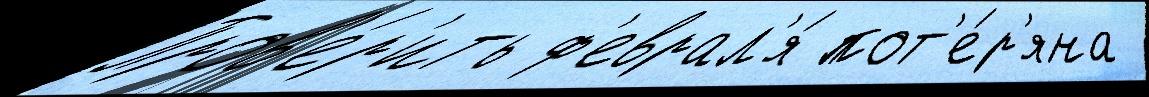
Пров'е́р'ить ф'еврал'я́ пот'е́р'яна